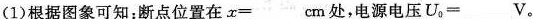
(1)根据图象可知：断点位置在x=____cm处，电源电压U_{o}=____V。